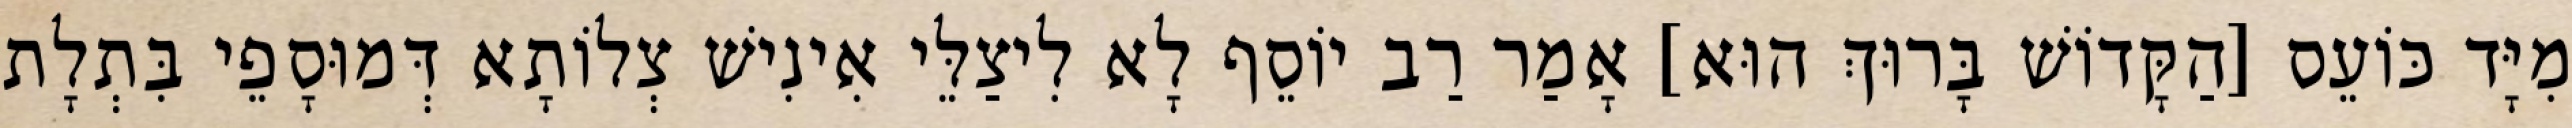
מִיָּד כּוֹעֵס [הַקָּדוֹשׁ בָּרוּךְ הוּא] אָמַר רַב יוֹסֵף לָא לִיצַלֵּי אִינִישׁ צְלוֹתָא דְּמוּסָפֵי בִּתְלָת